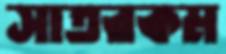
সাতরকম